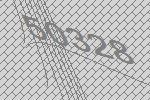
50328